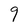
Character: 9